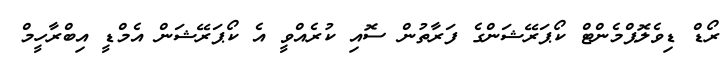
ރޯޑް ޑިވެލޮޕްމެންޓް ކޯޕަރޭޝަންގެ ފަރާތުން ސޮއި ކުރެއްވީ އެ ކޯޕަރޭޝަން އެމްޑީ އިބްރާހީމް